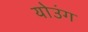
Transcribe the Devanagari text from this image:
योउंग